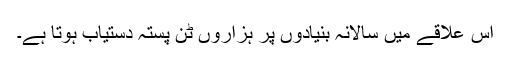
اس علاقے میں سالانہ بنیادوں پر ہزاروں ٹن پستہ دستیاب ہوتا ہے۔